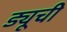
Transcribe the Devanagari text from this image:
ड्यूची